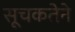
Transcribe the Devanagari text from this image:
सूचकतेने